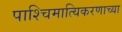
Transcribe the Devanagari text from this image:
पाश्चिमात्यिकरणाच्या